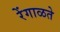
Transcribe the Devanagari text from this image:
रेंगाळते